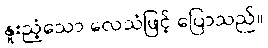
နူးညံ့သော လေသံဖြင့် ပြောသည်။